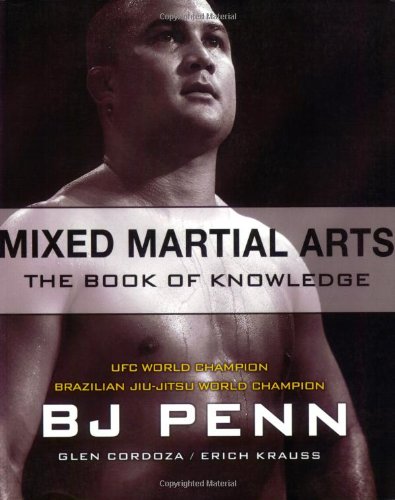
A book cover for Mixed Martial Arts: The Book of Knowledge; BJ Penn; Sports & Outdoors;